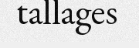
tallages